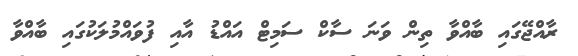
ރާއްޖޭގައި ބާއްވާ ތިން ވަނަ ސާކް ސަމިޓް އައްޑު އާއި ފުވައްމުލަކުގައި ބާއްވާ